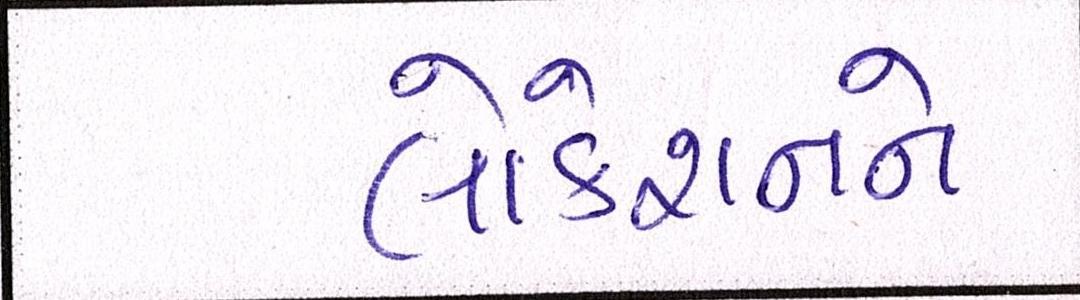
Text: લોકેશનને